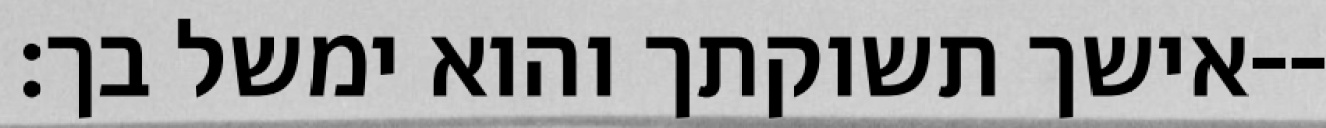
אישך תשוקתך והוא ימשל בך׃--